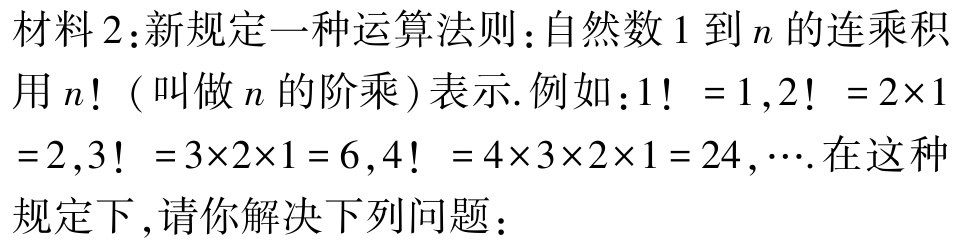
材料2：新规定一种运算法则：自然数\(1\)到\(n\)的连乘积用\(n!\)（叫做\(n\)的阶乘）表示.例如：\(1！ = 1\),\(2！ = 2\times1 =2\),\(3！ =3\times2\times1 = 6\),\(4！ = 4\times3\times2\times1 = 24\),\(\cdots\).在这种规定下,请你解决下列问题：